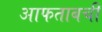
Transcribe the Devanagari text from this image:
आफताबची